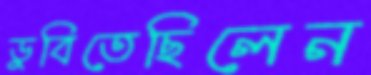
ডুবিতেছিলেন